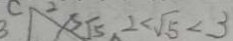
2 < \sqrt { 5 } < 3